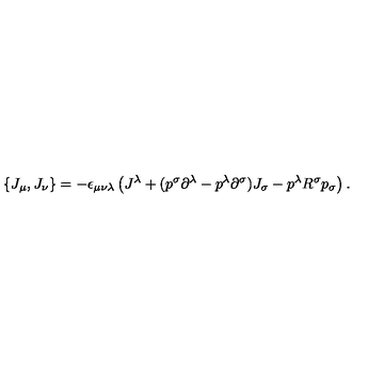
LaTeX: \{ J _ { \mu } , J _ { \nu } \} = - \epsilon _ { \mu \nu \lambda } \left( J ^ { \lambda } + ( p ^ { \sigma } \partial ^ { \lambda } - p ^ { \lambda } \partial ^ { \sigma } ) J _ { \sigma } - p ^ { \lambda } R ^ { \sigma } p _ { \sigma } \right) .